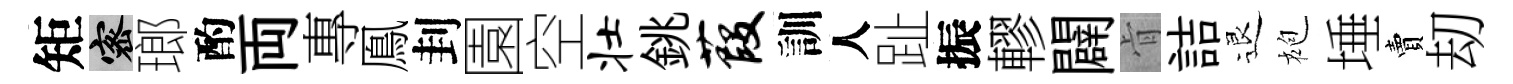
矩密瑯酌両專鳯刲園空壮銚葭訓人趾振轇闢肻詰退袍埵賣刧